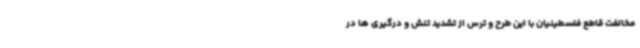
مخالفت قاطع فلسطینیان با این طرح و ترس از تشدید تنش و درگیری ها در